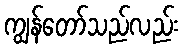
ကျွန်တော်သည်လည်း